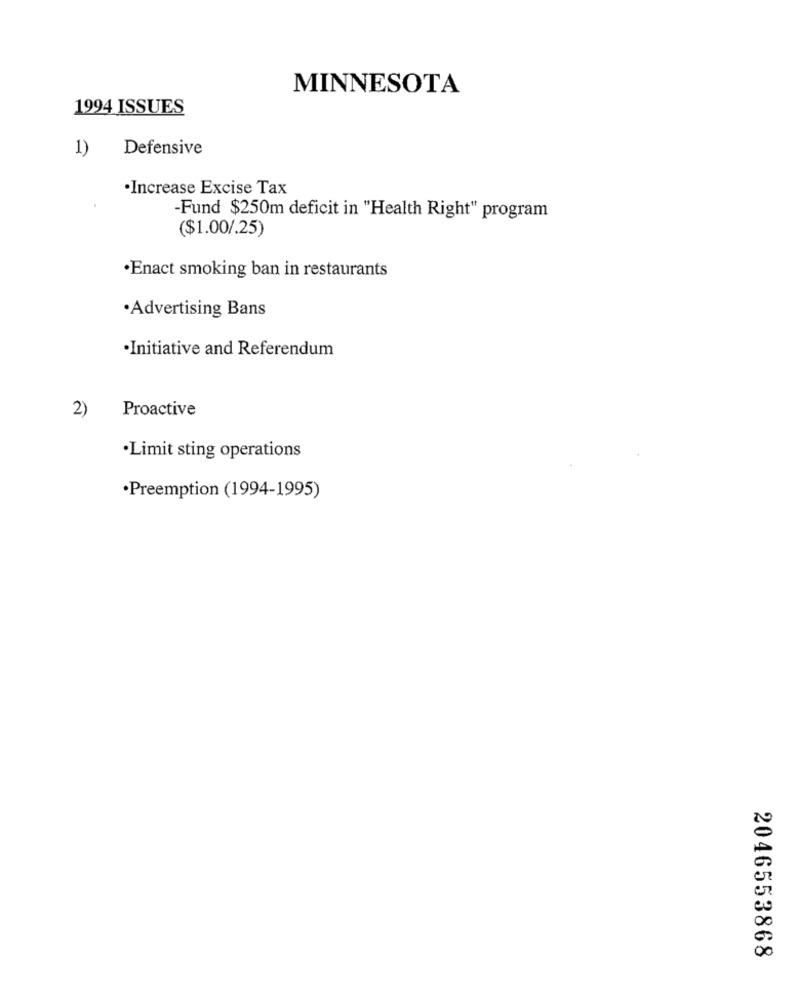
MINNESOTA
1994 ISSUES
1)
Defensive
·Increase Excise Tax
Fund $250m deficit in "Health Right" program
($1.00/.25)
·Enact smoking ban in restaurants
·Advertising Bans
·Initiative and Referendum
Proactive
2)
·Limit sting operations
·Preemption (1994-1995)
2046553868